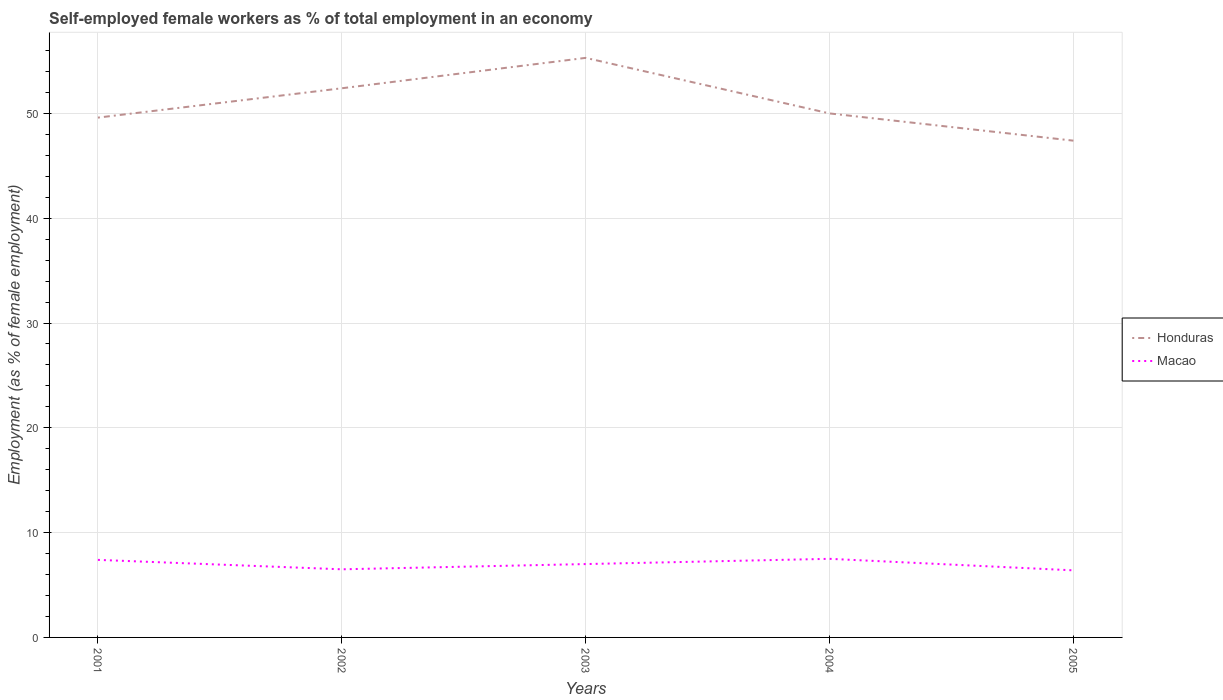
| Years | Honduras | Macao |
 | --- | --- | --- |
 | 2001 | 49.6 | 7.4 |
 | 2002 | 52.4 | 6.5 |
 | 2003 | 55.3 | 7 |
 | 2004 | 50 | 7.5 |
 | 2005 | 47.4 | 6.4 |